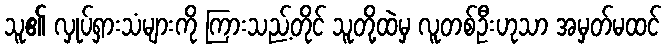
သူ၏ လှုပ်ရှားသံများကို ကြားသည့်တိုင် သူတို့ထဲမှ လူတစ်ဦးဟုသာ အမှတ်မထင်